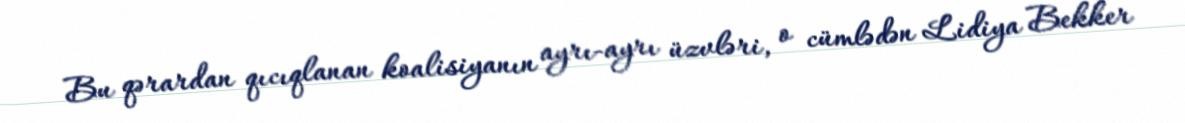
Bu qərardan qıcıqlanan koalisiyanın ayrı-ayrı üzvləri, o cümlədən Lidiya Bekker